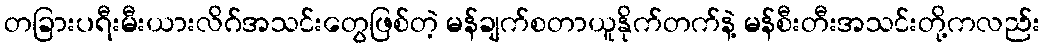
တခြားပရီးမီးယားလိဂ်အသင်းတွေဖြစ်တဲ့ မန်ချက်စတာယူနိုက်တက်နဲ့ မန်စီးတီးအသင်းတို့ကလည်း